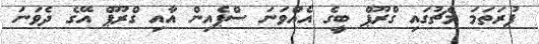
ފުރަތަމަ މެޗުގައި ގްރޫޕް ބީގެ އެއްވަނަ ސްޕެއިން އާއި ގްރޫޕް އޭގެ ދެވަނަ